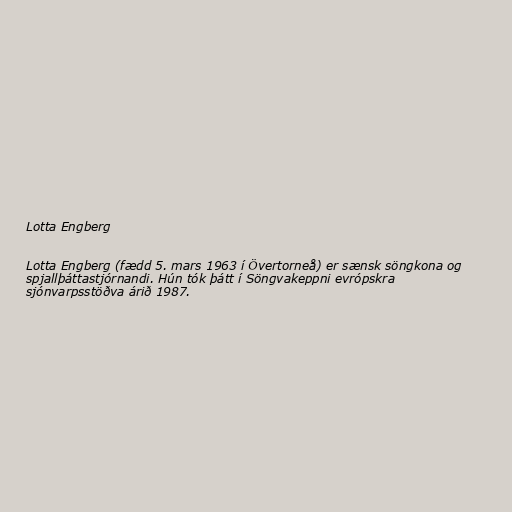
Lotta Engberg

Lotta Engberg (fædd 5. mars 1963 í Övertorneå) er sænsk söngkona og
spjallþáttastjórnandi. Hún tók þátt í Söngvakeppni evrópskra
sjónvarpsstöðva árið 1987.